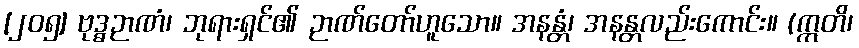
[၂၀၅] ဗုဒ္ဓဉာဏံ၊ ဘုရားရှင်၏ ဉာဏ်တော်ဟူသော။ အနန္တံ၊ အနန္တလည်းကောင်း။ (ဣတိ၊